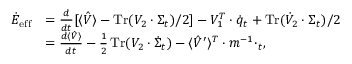
\begin{array} { r l } { \dot { E } _ { \mathrm { e f f } } } & { = \frac { d } { d t } [ \langle \hat { V } \rangle - \operatorname { T r } ( V _ { 2 } \cdot \Sigma _ { t } ) / 2 ] - V _ { 1 } ^ { T } \cdot \dot { q } _ { t } + \operatorname { T r } ( \dot { V } _ { 2 } \cdot \Sigma _ { t } ) / 2 } \\ & { = \frac { d \langle \hat { V } \rangle } { d t } - \frac { 1 } { 2 } \operatorname { T r } ( V _ { 2 } \cdot \dot { \Sigma } _ { t } ) - \langle \hat { V } ^ { \prime } \rangle ^ { T } \cdot m ^ { - 1 } \cdotp _ { t } , } \end{array}